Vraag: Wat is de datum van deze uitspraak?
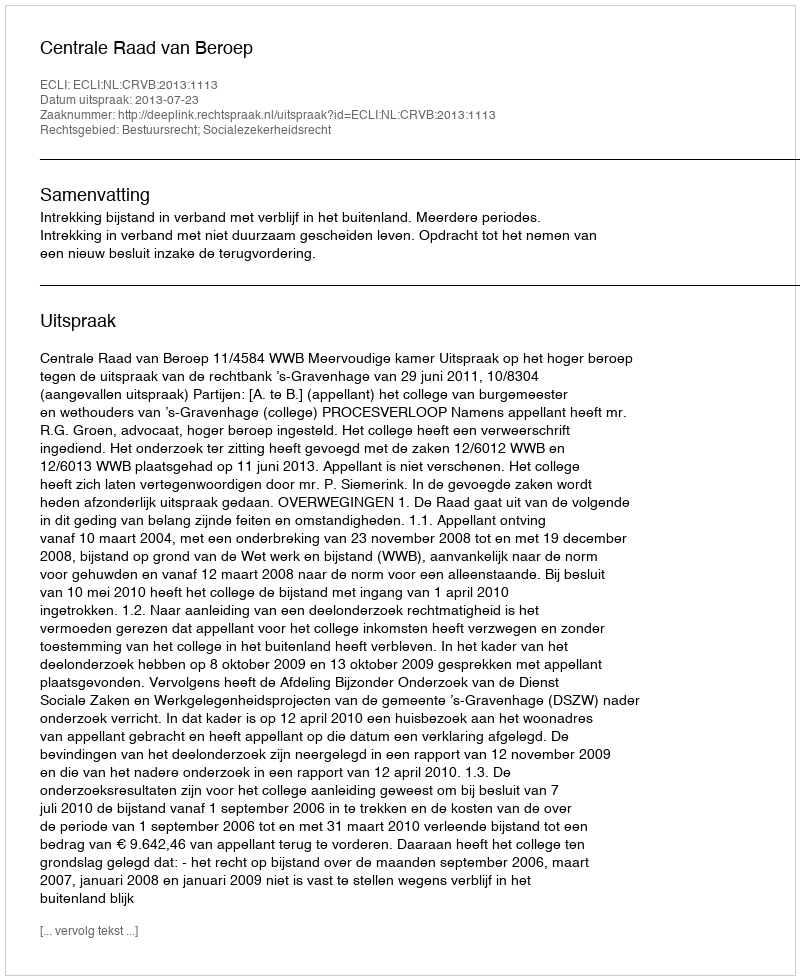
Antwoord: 2013-07-23